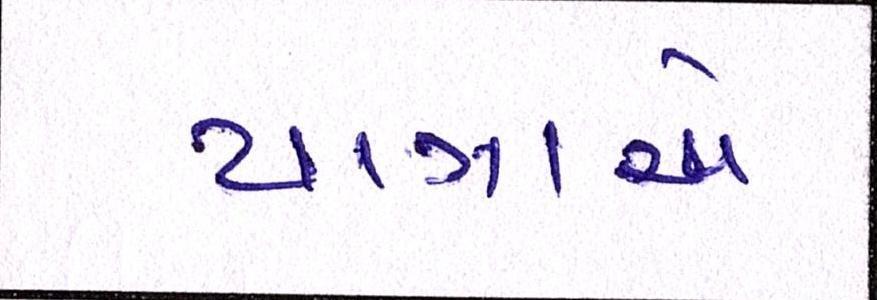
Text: યાત્રાએ